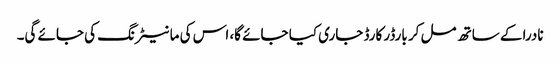
نادرا کے ساتھ مل کر بارڈر کارڈ جاری کیا جائے گا، اس کی مانیٹرنگ کی جائے گی۔